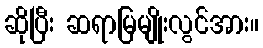
ဆိုပြီး ဆရာမြမျိုးလွင်အား။